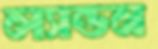
ল্যান্ডন